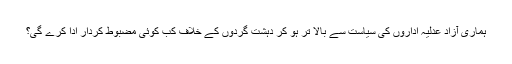
ہماری آزاد عدلیہ اداروں کی سیاست سے بالا تر ہو کر دہشت گردوں کے خلاف کب کوئی مضبوط کردار ادا کرے گی؟